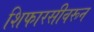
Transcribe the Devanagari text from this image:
शिफारसीवरून